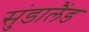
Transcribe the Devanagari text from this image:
सुंडालैंड